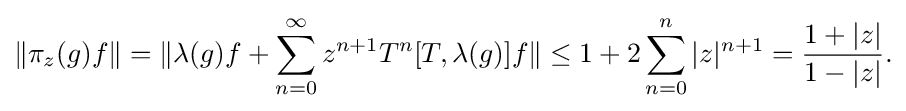
\displaystyle {\|\pi _{z}(g)f\|=\|\lambda (g)f+\sum _{n=0}^{\infty }z^{n+1}T^{n}[T,\lambda (g)]f\|\leq 1+2\sum _{n=0}^{n}|z|^{n+1}={1+|z| \over 1-|z|}.}